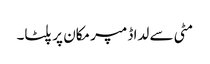
مٹی سے لدا ڈمپر مکان پر پلٹا۔